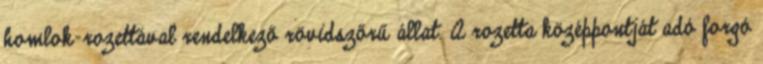
homlok-rozettával rendelkező rövidszőrű állat. A rozetta középpontját adó forgó